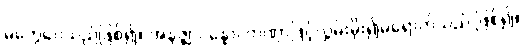
မတွေဝေသည်ဖြစ်၍။ အနဇ္ဈာပန္နော၊ တဏှာဖြင့်လွှမ်းမိုး၍မရောက်သည် ဖြစ်၍။